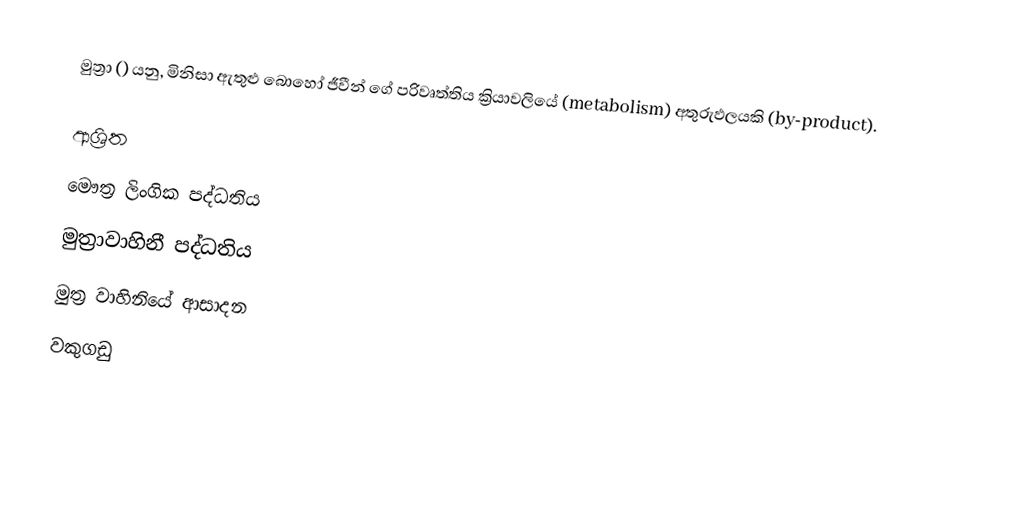
මුත්‍රා () යනු, මිනිසා ඇතුළු බොහෝ ජීවීන් ගේ පරිවෘත්තිය ක්‍රියාවලියේ (metabolism) අතුරුඵලයකි (by-product).

ආශ්‍රිත
 මෞත්‍ර ලිංගික පද්ධතිය
 මුත්‍රාවාහිනී පද්ධතිය
 මුත්‍ර වාහිනියේ ආසාදන
 වකුගඩු